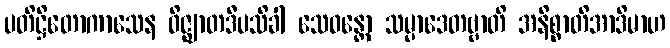
ပတိဋ္ဌိတောကာသေန ဝိဇ္ဈာတဒီပသိခါ သေဝန္တော သမ္ပာဒေတဗ္ဗာတိ အနိစ္စာတိအာဒိမာဟ